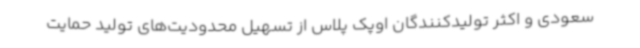
سعودی و اکثر تولیدکنندگان اوپک پلاس از تسهیل محدودیت‌های تولید حمایت